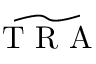
\widetilde { \mathrm { ~ T ~ R ~ A ~ } }